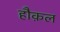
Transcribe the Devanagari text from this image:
हौक़ल